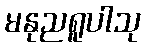
မနုညရူပါသု